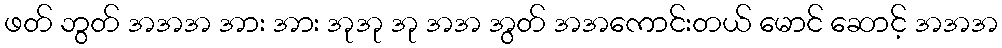
ဖတ် ဘွတ် အအအ အား အား အုအု အု အအ အွတ် အအကောင်းတယ် မောင် ဆောင့် အအအ